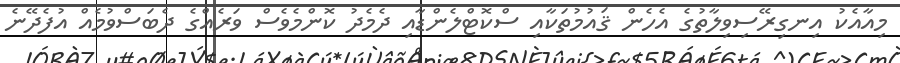
މިއާއެކު އިނގިރޭސިވިލާތުގެ އެހެން ޤައުމުތަކާއި ސްކޮޓްލެންޑާއި ދެމެދު ކޮންމެވެސް ވަރެއްގެ ދެބަސްވުމެއް އުފެދޭނެ